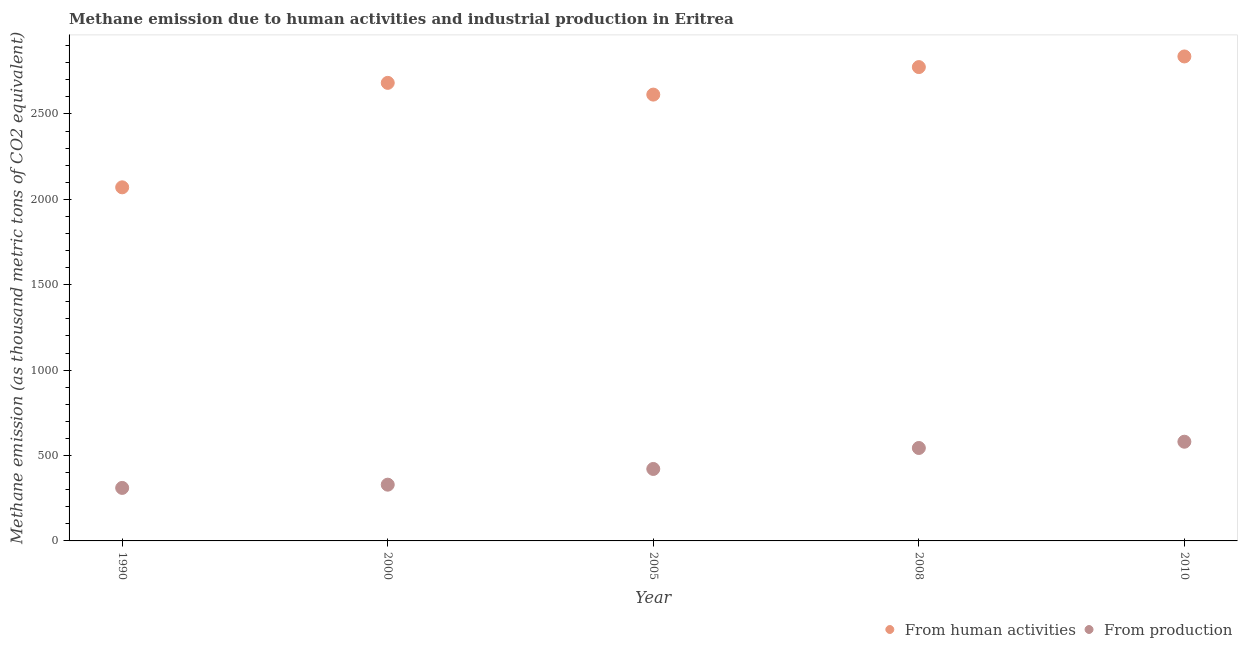
| Year | From human activities | From production |
 | --- | --- | --- |
 | 1990 | 2.07e+03 | 310 |
 | 2000 | 2.68e+03 | 329 |
 | 2005 | 2.61e+03 | 421 |
 | 2008 | 2.77e+03 | 544 |
 | 2010 | 2.84e+03 | 581 |